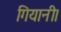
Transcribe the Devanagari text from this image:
गियानी।